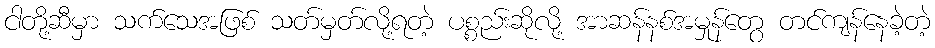
ငါတို့ဆီမှာ သက်သေအဖြစ် သတ်မှတ်လို့ရတဲ့ ပစ္စည်းဆိုလို့ အာဆန်နစ်အမှုန်တွေ တင်ကျန်နေခဲ့တဲ့